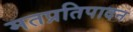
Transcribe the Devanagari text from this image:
मतप्रतिपादन